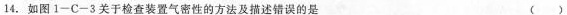
14.如图1-C-3关于检查装置气密性的方法及描述错误的是 ( )